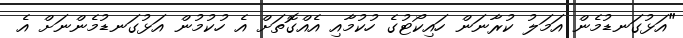
"އަޅުގަނޑުމެން އަމަލު ކުރާނަން ހައިކޯޓުގެ ހުކުމާއި އެއްގޮތަށް އެ ހުކުމުން އަޅުގަނޑުމެންނަށް އެ